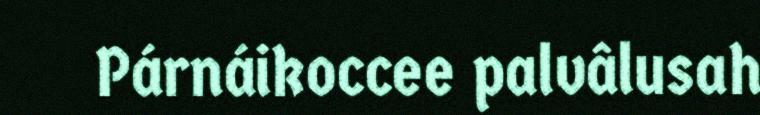
Párnáikoccee palvâlusah